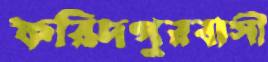
ফরিদপুরবাসী